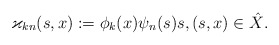
\begin{align*}\varkappa_{kn}(s,x):=\phi_k(x)\psi_n(s)s,(s,x)\in\hat X.\end{align*}